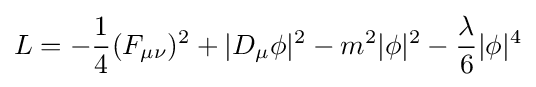
L=-{\frac {1}{4}}(F_{\mu \nu })^{2}+|D_{\mu }\phi |^{2}-m^{2}|\phi |^{2}-{\frac {\lambda }{6}}|\phi |^{4}